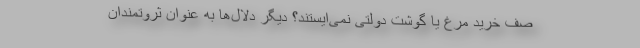
صف خرید مرغ یا گوشت دولتی نمی‌ایستند؟ دیگر دلال‌ها به عنوان ثروتمندان